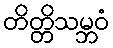
တိတ္တိသမ္ဘဝံ